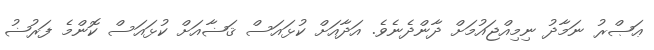
ޢަޞްރު ނަމާދު ނިމިއްޖައުމަށް ދާންދެނެވެ. އަދާއަށް ކުޅައަސް ޤަޟާއަށް ކުޅައަސް ކޮންމެ ފަރުޟު